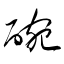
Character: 碗